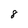
Character: 8